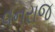
વનરાજ